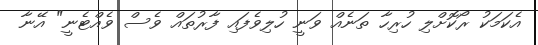
އެކަމަކު ރޯކޮށްލި ހުރިހާ ތަނެއް ވަނީ ހުލިވެފައި ފާރުތައް ވެސް ވެއްޓެނީ" އޭނާ